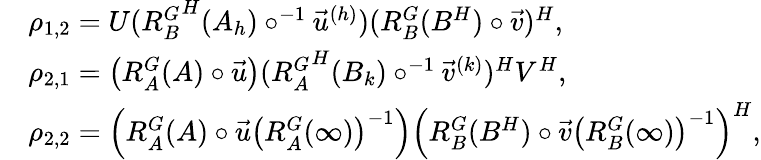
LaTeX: \begin{array}{rl}&{\rho_{1,2}=U({R_{B}^{G}}^{H}(A_{h})\circ^{-1}\vec{u}^{(h)})(R_{B}^{G}(B^{H})\circ\vec{v})^{H},}\\ &{\rho_{2,1}=\left(R_{A}^{G}(A)\circ\vec{u}\right)({R_{A}^{G}}^{H}(B_{k})\circ^{-1}\vec{v}^{(k)})^{H}V^{H},}\\ &{\rho_{2,2}=\left(R_{A}^{G}(A)\circ\vec{u}\left(R_{A}^{G}(\infty)\right)^{-1}\right)\left(R_{B}^{G}(B^{H})\circ\vec{v}\left(R_{B}^{G}(\infty)\right)^{-1}\right)^{H},}\end{array}